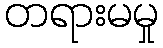
တရားမမှု